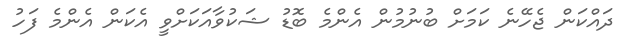
ދައްކަން ޖެހޭނެ ކަމަށް ބުނުމުން އެންމެ ބޮޑު ޝަކުވާއަކަށްވީ އެކަން އެންމެ ފަހު